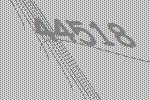
44518